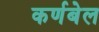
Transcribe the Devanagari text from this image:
कर्णबेल